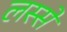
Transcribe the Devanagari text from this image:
लस्से